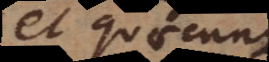
et quaecunque